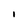
Character: 1